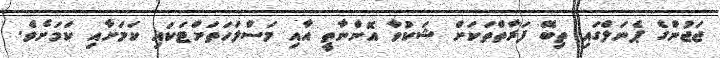
ޖަޖުންގެ ޕެނަލްގައި ތިބޭ ފަރާތްތަކަށް ޝަކުވާ އޮންނާތީ އާއި މަސްލަހަތަށްޓަކައި ކަމަށާއި ކަމަށެވެ.